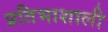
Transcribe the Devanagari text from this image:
प्रतिभाशाली